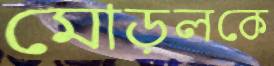
মোড়লকে